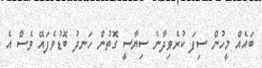
ބައެއް މީހުން ސިފަ ކުރެވިދާނެ ސިޔާސީ ގޮތުން ހަނދު ބޮޑުވެފައޭ ވެސް އެ